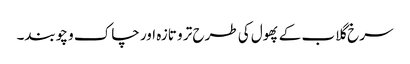
سرخ گلاب کے پھول کی طرح تر و تازہ اور چاک و چوبند۔